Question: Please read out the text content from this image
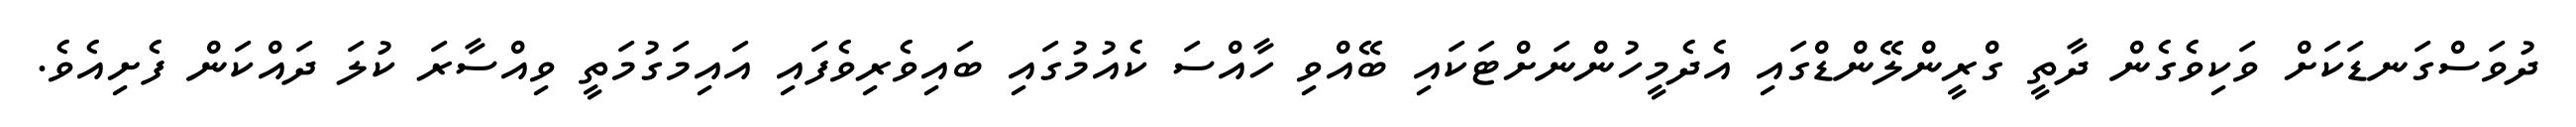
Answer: ދުވަސްގަނޑަކަށް ވަކިވެގެން ދާތީ ގްރީންލޭންޑްގައި އެދެމީހުންނަށްޓަކައި ބޭއްވި ހާއްސަ ކެއުމުގައި ބައިވެރިވެފައި އައިމަގުމަތީ ވިއްސާރަ ކުލަ ދައްކަން ފެށިއެވެ.